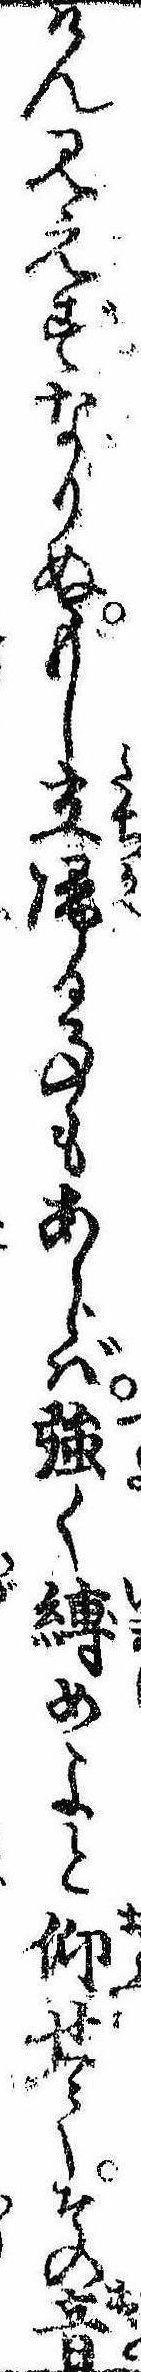
けん見えずなりぬもし立帰る事もあらば強く縛めよと仰せてその音